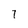
Character: 7